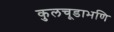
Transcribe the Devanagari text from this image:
कुलचूडाभणि